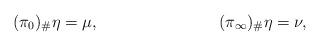
LaTeX: \begin{align*}(\pi_0)_\#\eta &= \mu,&(\pi_\infty)_\#\eta &= \nu,\end{align*}